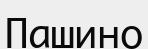
Пашино